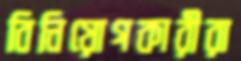
বিনিয়োগকারীরা